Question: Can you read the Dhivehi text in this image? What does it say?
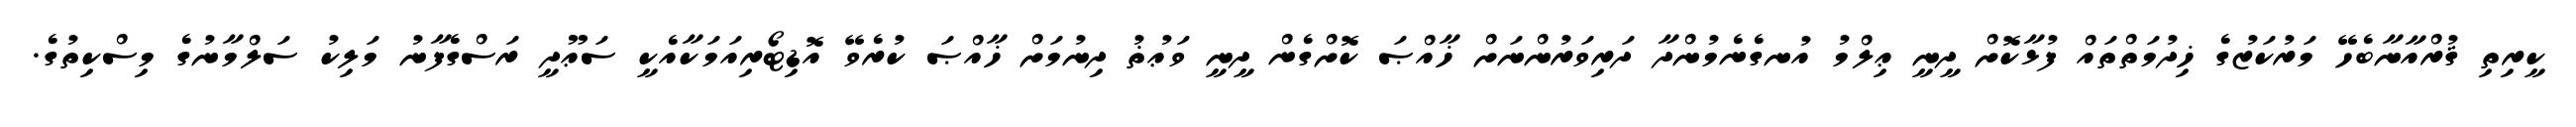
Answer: ކީރިތި ޤުރްއާނާބެހޭ މަރުކަޒުގެ ޚިދުމަތްތައް ފުޅާކޮށް ދީނީ ޢިލްމު އުނގެނެމުންދާ ދަރިވަރުންނަށް ޚާއްޞަ ކޮށްގެން ދީނީ ވަޢުޡު ދިނުމަށް ޚާއްޞަ ކުރެވޭ އޮޑިޓޯރިއަމަކާއެކީ ސަޢޫދީ ރަސްގެފާނު މަލިކު ސަލްމާނުގެ މިސްކިތުގެ.